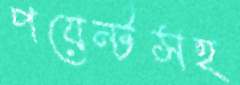
পয়েন্টসহ